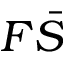
F \bar { S }